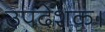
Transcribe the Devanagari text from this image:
उपदेशक।